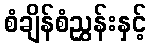
စံချိန်စံညွှန်းနှင့်